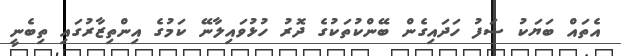
އެތައް ބަޔަކު ސަފު ހަދައިގެން ބޭންކުތަކުގެ ދޮރު ހުޅުވައިލާނޭ ކަމުގެ އިންތިޒާރުގައި ތިބެނީ